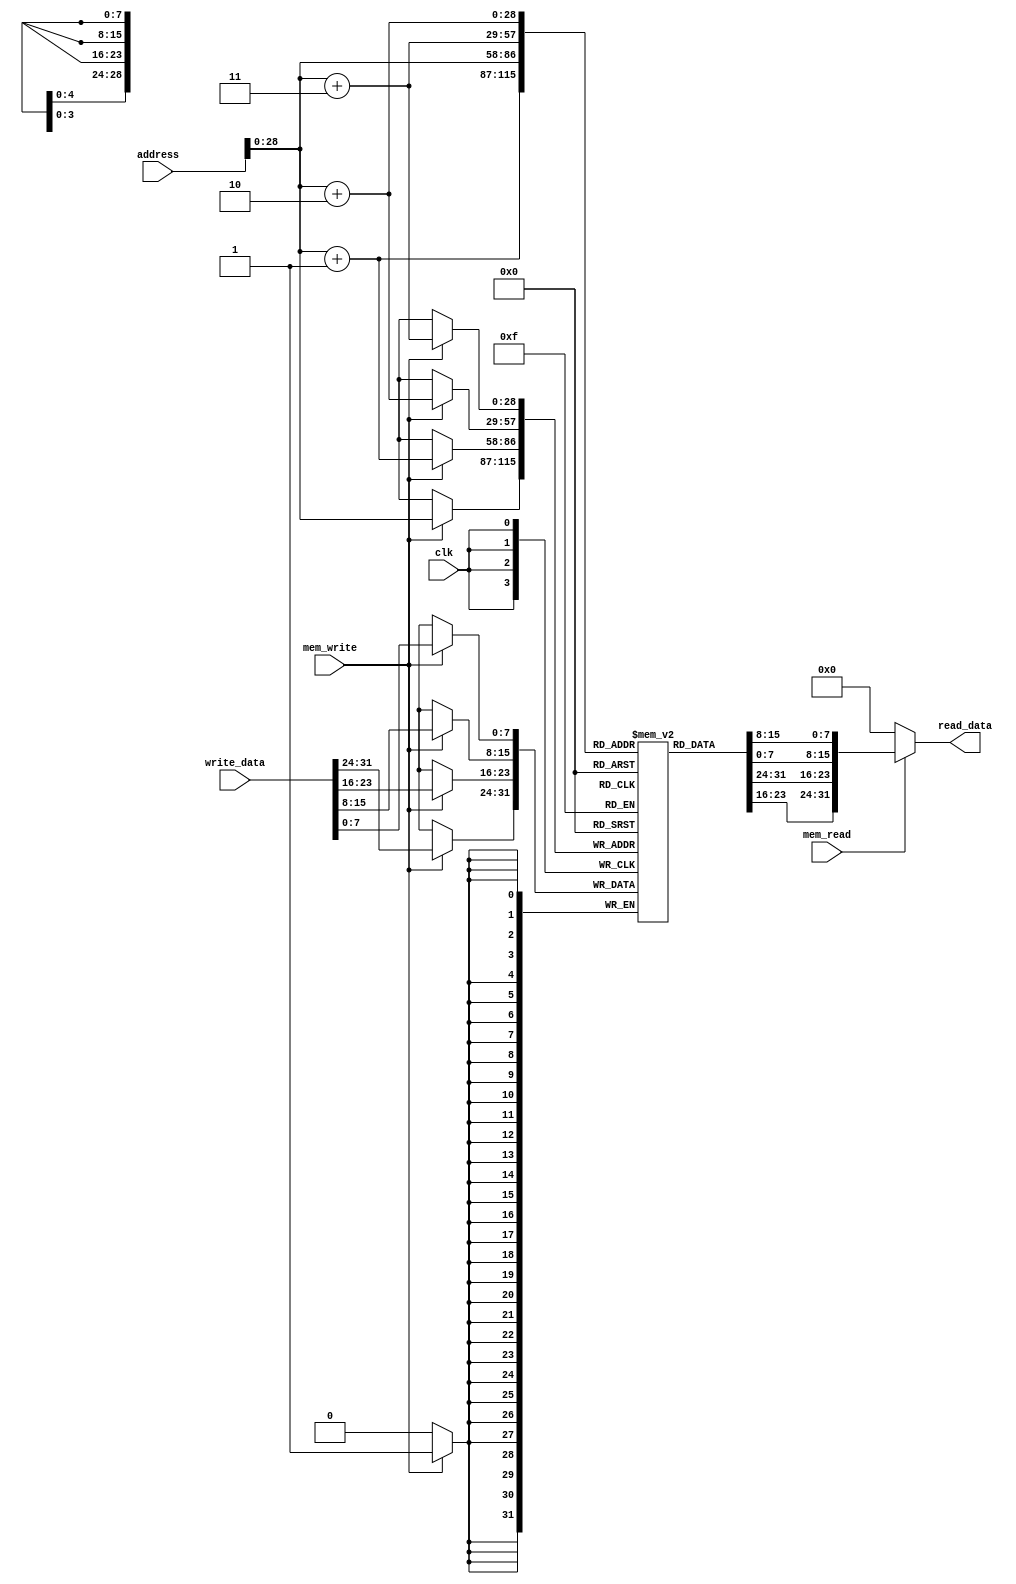
`timescale 1ns / 1ps

/** Data Memory
 * Do not modify this module!
 * Instantiate with:
 *     data_mem #(.BYTES(<num>)) <name>(...);
 */
module data_mem #(
    parameter integer BYTES = 1024,       // size of the memory in bytes
    parameter integer START = 'h10008000  // start address of memory
) (
    input         clk,         // clock
    input         mem_read,    // enable read
    input         mem_write,   // enable write
    input  [31:0] address,     // word-aligned address of instruction
    input  [31:0] write_data,  // data write to memory at address
    output [31:0] read_data    // data read from memory at address
);

    reg [7:0] memory[START:(START+BYTES-1)];

    // MIPS is big-endian.
    wire [31:0] word = {memory[address], memory[address+1], memory[address+2], memory[address+3]};

    assign read_data = mem_read ? word : 0;

    always @(posedge clk) begin
        if (mem_write) begin
            {memory[address], memory[address+1], memory[address+2], memory[address+3]} <= write_data;
        end
    end

endmodule